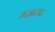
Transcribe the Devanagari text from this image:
२८४८६८